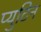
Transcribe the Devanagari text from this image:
प्युटिन